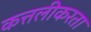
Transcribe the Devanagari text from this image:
कत्तलीकरता